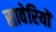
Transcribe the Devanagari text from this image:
सावेरियों